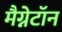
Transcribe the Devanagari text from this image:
मैग्नेटॉन